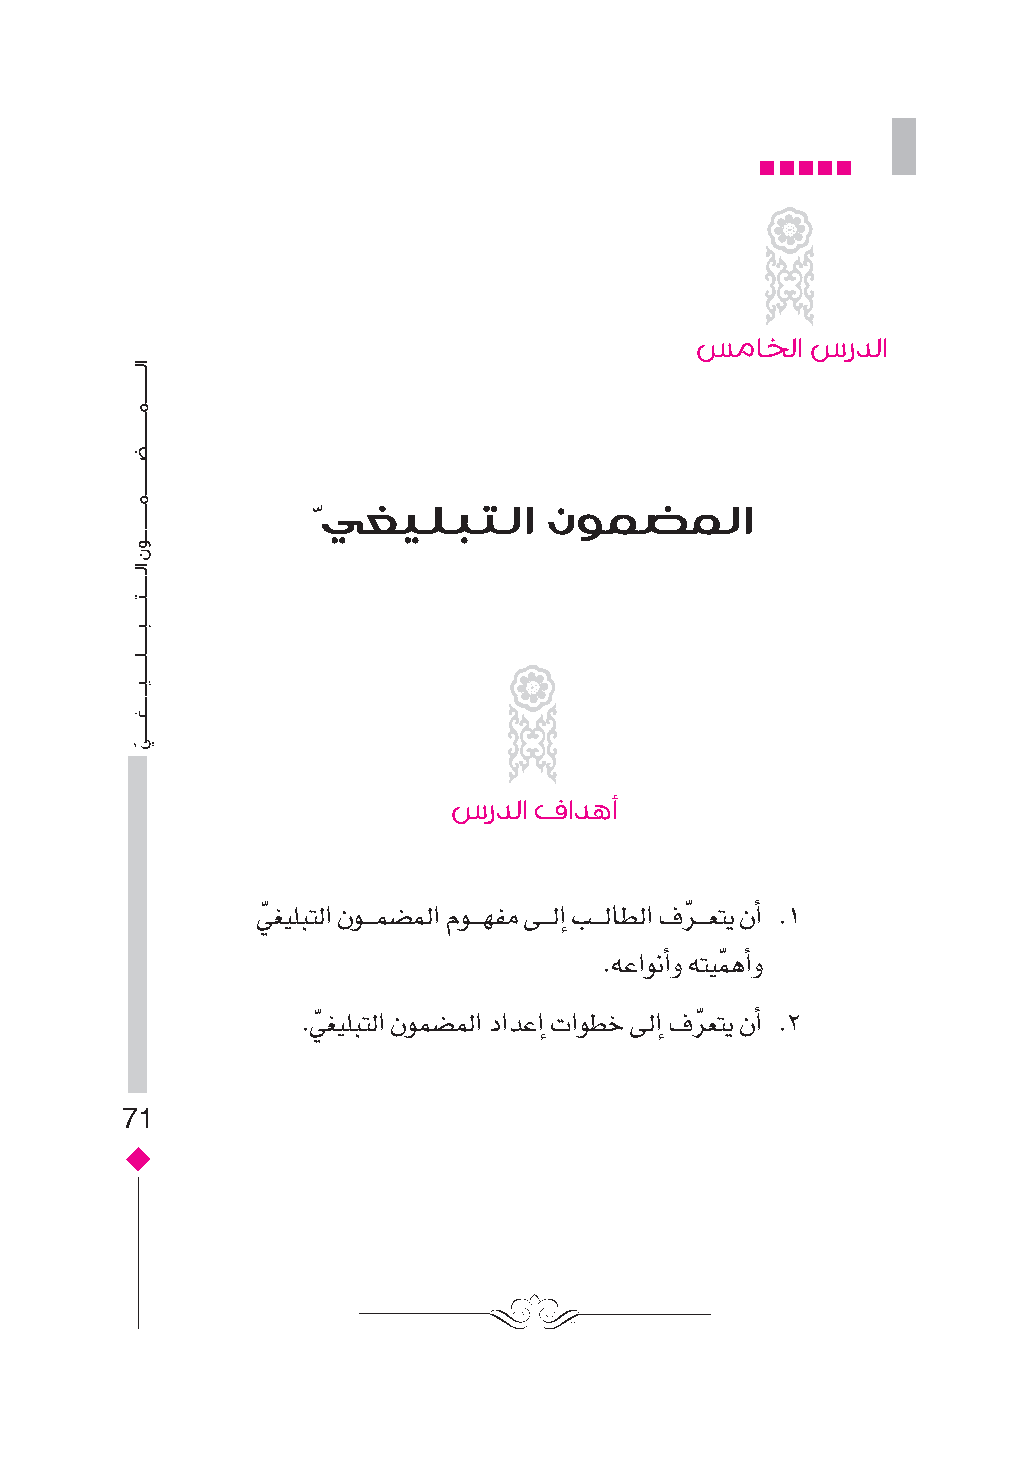
سماخلا  سردلا
 ّيغيلبتلا      نومضملا
 سردلا فادهأ
 يّ غيلبتل� نوـــمس�مل� موـــهفم ىـــلإ� بـــلاطل� فرّ ـــعتي نأ� .1
 .هع�ونأ�و هتيمّ هأ�و
 .يّ غيلبتل� نومس�مل� د�دعإ� ت�وطخ ىلإ� فرّ عتي نأ� .2
 71
 ���������������������������������������������������
 ���������������������������������������������������������